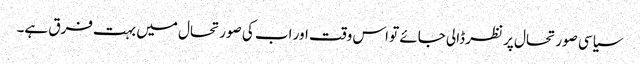
سیاسی صورتحال پر نظر ڈالی جائے تو اس وقت اور اب کی صورتحال میں بہت فرق ہے۔